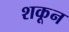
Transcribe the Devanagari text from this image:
शकून